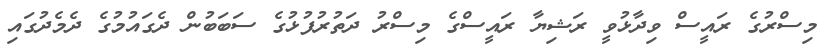
މިސްރުގެ ރައީސް ވިދާޅުވީ ރަޝިޔާ ރައީސްގެ މިސްރު ދަތުރުފުޅުގެ ސަބަބުން ދެގައުމުގެ ދެމެދުގައި